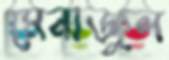
মেনাজুল